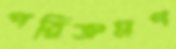
পরিক্রমণ